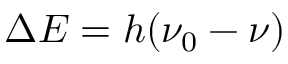
\Delta E = h ( \nu _ { 0 } - \nu )